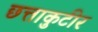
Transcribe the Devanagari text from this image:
छत्ताकुटीर